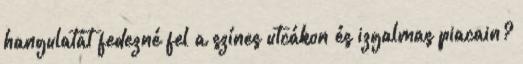
hangulatát fedezné fel a színes utcákon és izgalmas piacain?